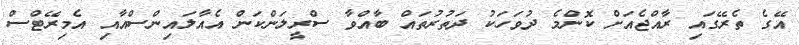
އޭގެ ތެރޭގައި ރާއްޖެއަށް ކޮންމެ ދުވަހަކު ދަތުރުތައް ބާއްވާ ސްރީލަންކަން އެއާލައިންސްއާއި އެމިރޭޓްސް